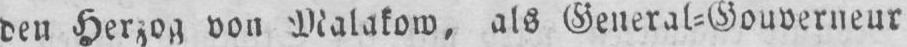
von Malakow, als General⸗Gouverneur